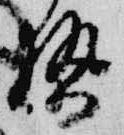
勢